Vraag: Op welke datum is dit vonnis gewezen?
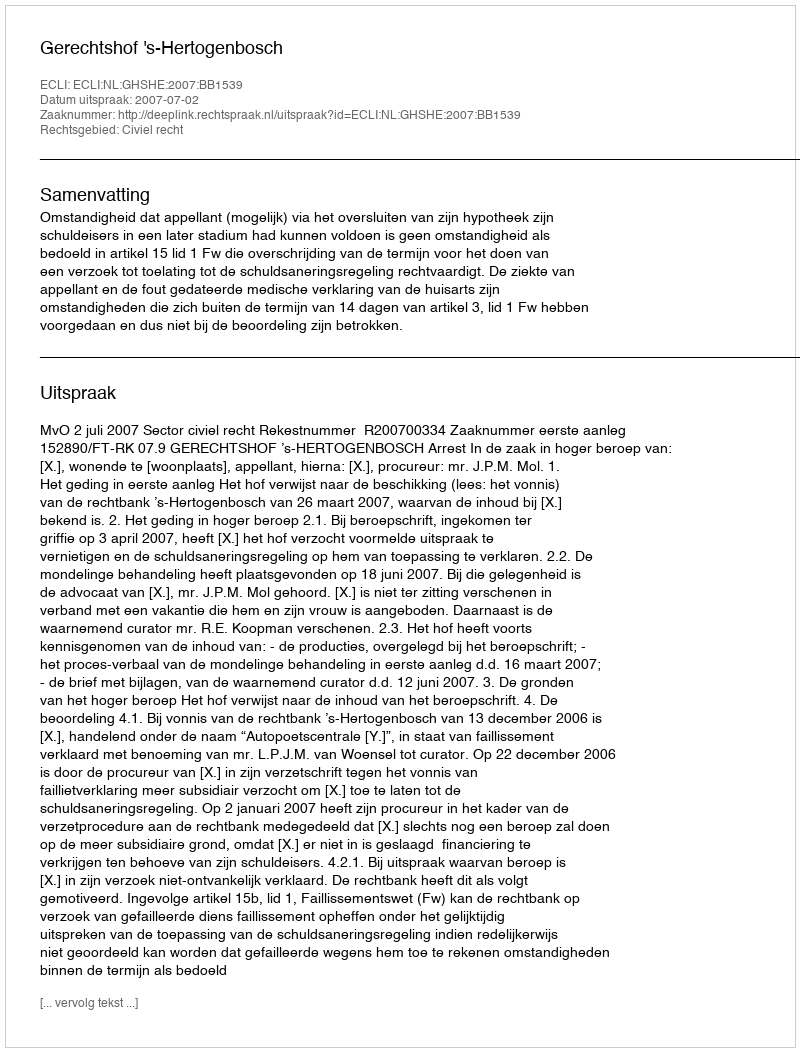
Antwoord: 2007-07-02